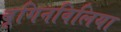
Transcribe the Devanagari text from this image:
बूगिनविलिया